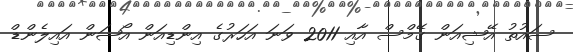
ސައުތު އޭޝިއަން ގޭމްސް އާއި 2011 ވަނަ އަހަރުގެ އިންޑިއަން އޯޝަން އައިލެންޑް